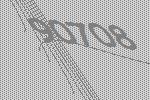
90708